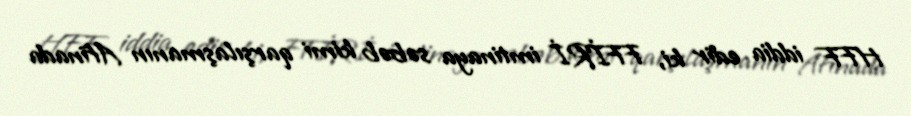
HFF iddia edir ki, FFİRİ imtinaya səbəb kimi qarşılaşmanın Afinada